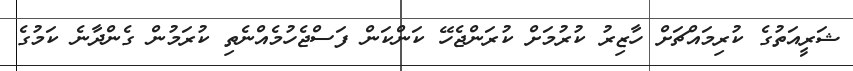
ޝަރީއަތުގެ ކުރިމައްޗަށް ހާޒިރު ކުރުމަށް ކުރަންޖެހޭ ކަންކަން ފަސްޖެހުމެއްނެތި ކުރަމުން ގެންދާނެ ކަމުގެ